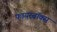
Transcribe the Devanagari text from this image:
फायरबॉक्स